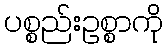
ပစ္စည်းဥစ္စာကို